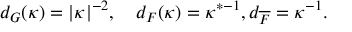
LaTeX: d _ { G } ( \kappa ) = \vert \kappa \vert ^ { - 2 } , \ \ \ d _ { F } ( \kappa ) = \kappa ^ { * - 1 } , d _ { \overline { { F } } } = \kappa ^ { - 1 } .